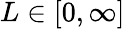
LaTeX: L\in[0,\infty]